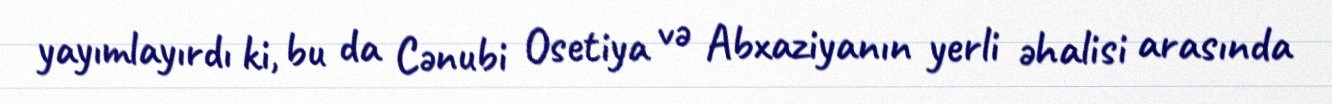
yayımlayırdı ki, bu da Cənubi Osetiya və Abxaziyanın yerli əhalisi arasında